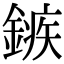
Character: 𨪏